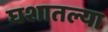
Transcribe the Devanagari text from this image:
घशातल्या